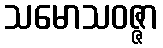
သမောသဝဇ္ဇာ